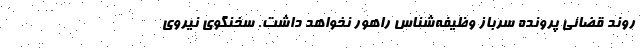
روند قضائی پرونده سرباز وظیفه‌شناس راهور نخواهد داشت. سخنگوی نیروی